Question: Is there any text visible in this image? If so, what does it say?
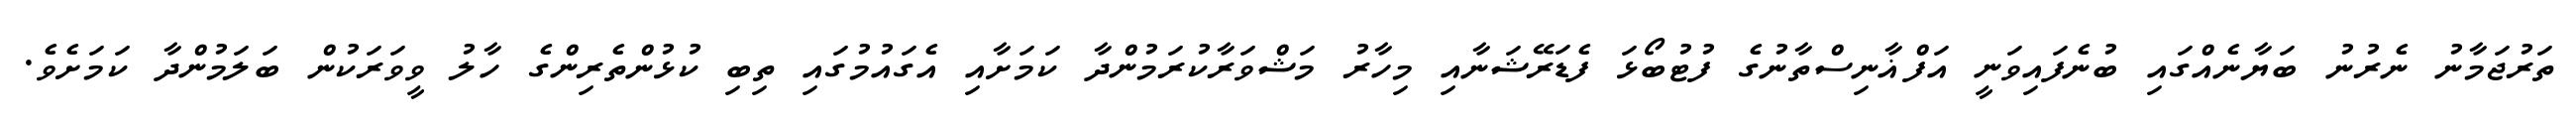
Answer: ތަރުޖަމާނު ނެރުނު ބަޔާނެއްގައި ބުނެފައިވަނީ އަފްޣާނިސްތާނުގެ ފުޓުބޯޅަ ފެޑަރޭޝަނާއި މިހާރު މަޝްވަރާކުރަމުންދާ ކަމަށާއި އެގައުމުގައި ތިބި ކުޅުންތެރިންގެ ހާލު ވީވަރަކުން ބަލަމުންދާ ކަމަށެވެ.